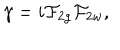
{ \gamma } = i { \cal F } _ { 2 g } { \cal F } _ { 2 w } ,